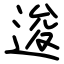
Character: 逡